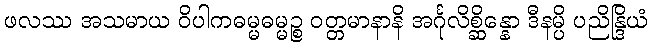
ဖလဿ အသမာယ ဝိပါကဓမ္မဓမ္မဉ္စ ဝတ္တမာနာနိ အင်္ဂုလိစ္ဆိန္နော ဒီနမ္ပိ ပညိန္ဒြိယံ